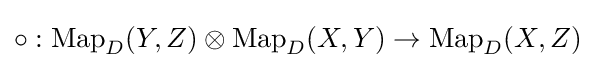
\circ :\operatorname {Map} _{D}(Y,Z)\otimes \operatorname {Map} _{D}(X,Y)\to \operatorname {Map} _{D}(X,Z)